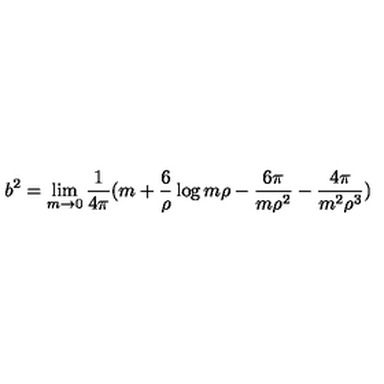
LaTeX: b ^ { 2 } = \lim _ { m \rightarrow 0 } { \frac { 1 } { 4 \pi } } ( m + { \frac { 6 } { \rho } } \log m \rho - { \frac { 6 \pi } { m \rho ^ { 2 } } } - { \frac { 4 \pi } { m ^ { 2 } \rho ^ { 3 } } } )